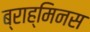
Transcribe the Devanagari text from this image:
ब्राह्मिनस